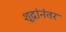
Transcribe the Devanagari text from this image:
शूद्रांनंतर